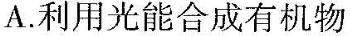
A. 利用光能合成有机物